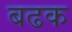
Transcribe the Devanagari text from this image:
बढक